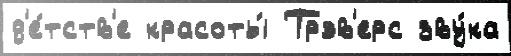
д'е́тств'е красоты́ Трэв'ерс зву́ка